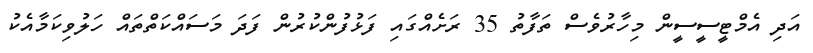
އަދި އެމްޓީސީސީން މިހާރުވެސް ތަފާތު 35 ރަށެއްގައި ފަޅުފުންކުރުން ފަދަ މަސައްކަތްތައް ހަލުވިކަމާއެކު